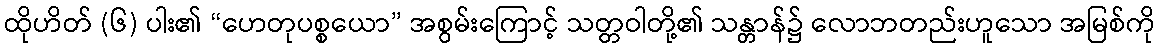
ထိုဟိတ် (၆) ပါး၏ “ဟေတုပစ္စယော” အစွမ်းကြောင့် သတ္တဝါတို့၏ သန္တာန်၌ လောဘတည်းဟူသော အမြစ်ကို